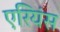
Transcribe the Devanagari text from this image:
एरियंस